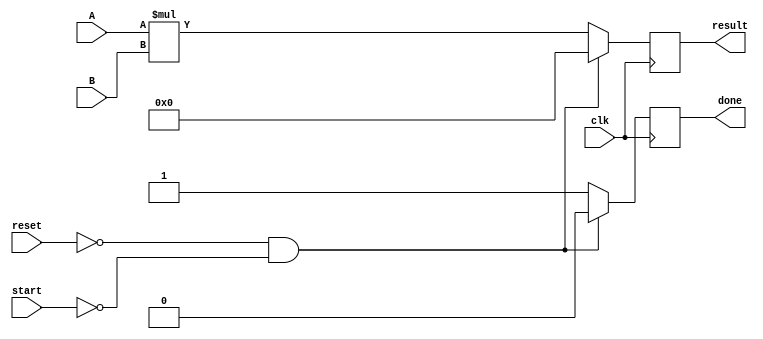
`timescale 1ns / 1ps

module Behav_Multiplier(
    input clk, reset, start,
    input [7:0] A, B,
    output reg [15:0] result,
    output reg done
    );
    
    
    always @(posedge clk) begin
        if (!reset && !start) begin
            result <= 16'd0;
            done <= 1'b0;
        end
        else begin
            result <= A*B;
            done <= 1'b1;
        end
    end
endmodule